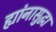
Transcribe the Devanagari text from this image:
ह्यांनासुद्धा